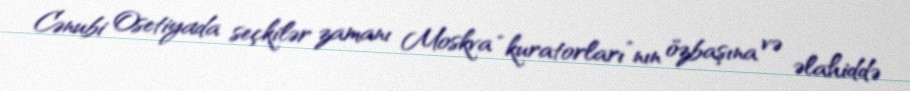
Cənubi Osetiyada seçkilər zamanı Moskva “kuratorları”nın özbaşına və əlahiddə